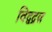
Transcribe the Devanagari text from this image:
विद्वद्रत्न